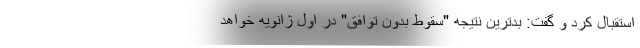
استقبال کرد و گفت: بدترین نتیجه "سقوط بدون توافق" در اول ژانویه خواهد